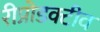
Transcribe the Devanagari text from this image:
रीप्रोडक्टीव